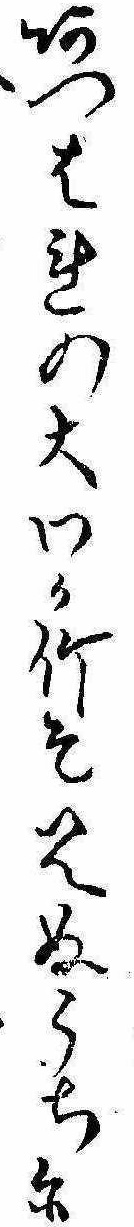
あつはれの大わか竹そ見ぬうちに